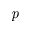
\emph { p }